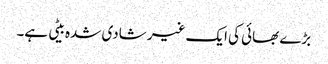
بڑے بھائی کی ایک غیر شادی شدہ بیٹی ہے۔